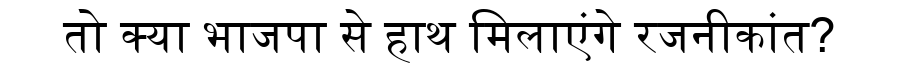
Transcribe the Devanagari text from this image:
तो क्या भाजपा से हाथ मिलाएंगे रजनीकांत?